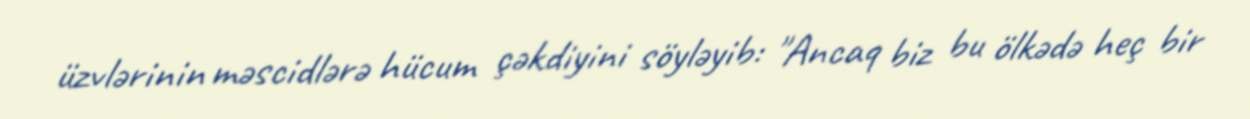
üzvlərinin məscidlərə hücum çəkdiyini söyləyib: "Ancaq biz bu ölkədə heç bir